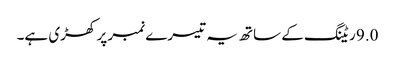
9.0 ریٹنگ کے ساتھ یہ تیسرے نمبر پر کھڑی ہے۔